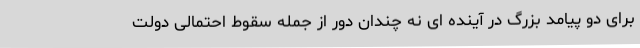
برای دو پیامد بزرگ در آینده ای نه چندان دور از جمله سقوط احتمالی دولت